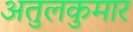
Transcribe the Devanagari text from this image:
अतुलकुमार